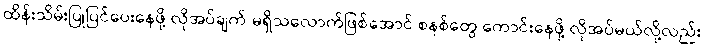
ထိန်းသိမ်းပြုပြင်ပေးနေဖို့ လိုအပ်ချက် မရှိသလောက်ဖြစ်အောင် စနစ်တွေ ကောင်းနေဖို့ လိုအပ်မယ်လို့လည်း